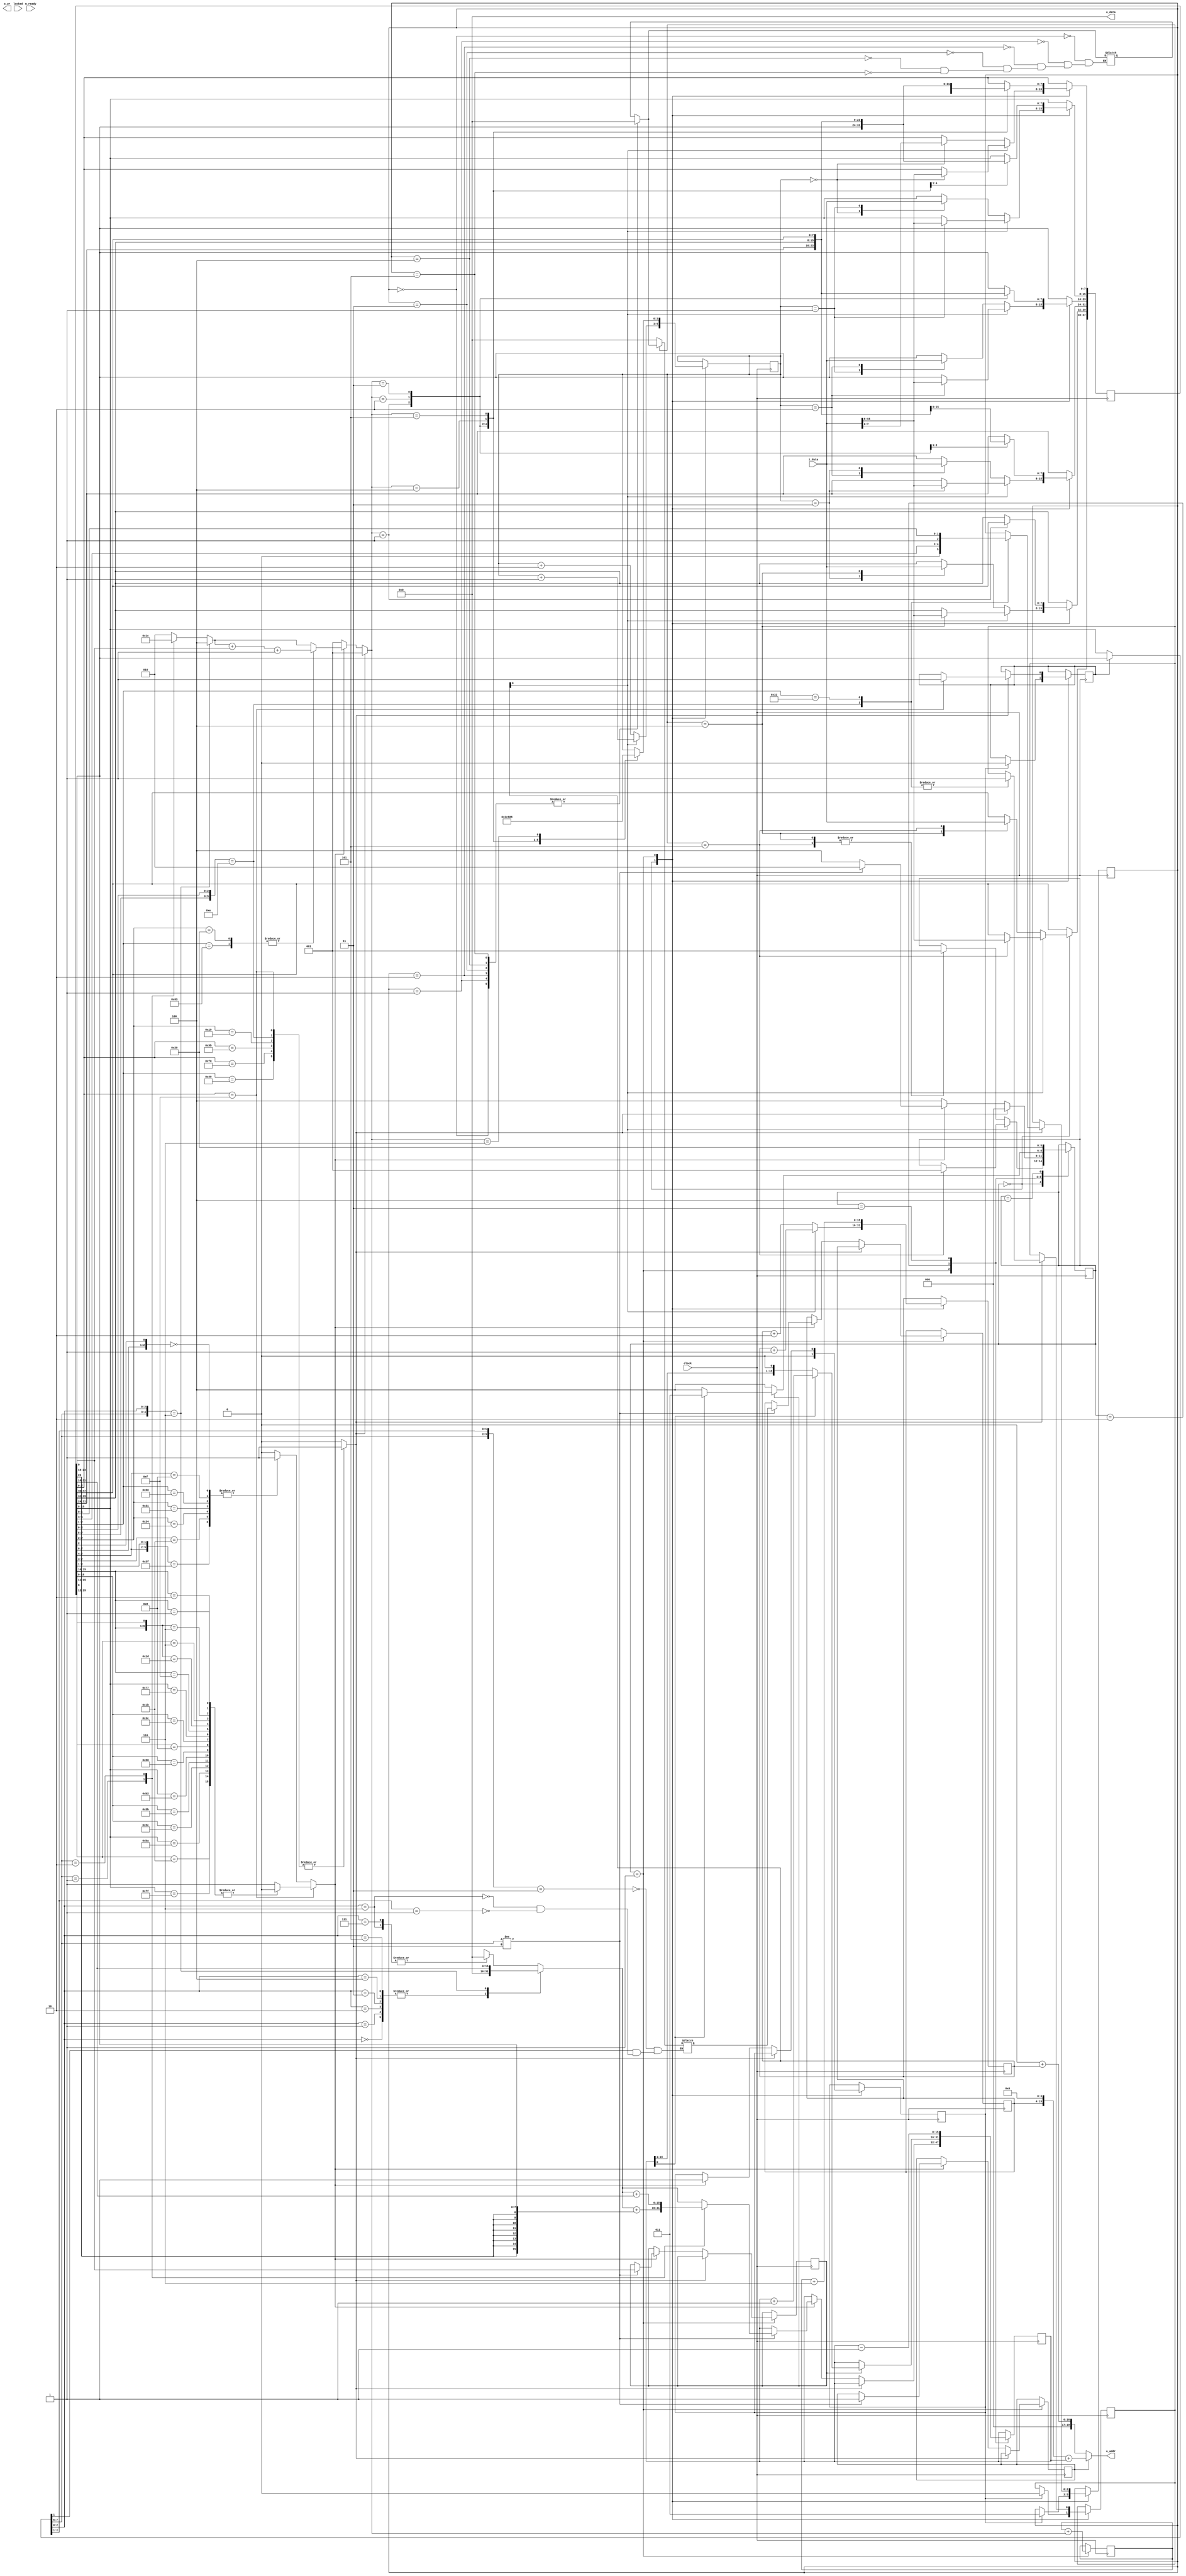
module processor(

    input   wire            clock,      // 10 mhz
    input   wire            locked,     // Если =0, PLL не сконфигурирован
    input   wire            m_ready,    // Готовность данных из памяти (=1 данные готовы)
    output  wire    [19:0]  o_addr,     // Указатель на память
    input   wire    [15:0]  i_data,     // Данные из памяти
    output  wire     [15:0]  o_data,     // REG Данные за запись
    output  reg             o_wr        // Строб записи в память

);

`define I_FETCH             3'h0        // Этап считывания данных
`define I_DECODE            3'h1        // Декодирование
`define I_READ_DATA         3'h2        // Чтение из памяти
`define I_READ_DATA_WIDE    3'h3        // Чтение из памяти
`define I_EXECUTE           3'h4        // Исполнение инструкции

assign o_addr = alt ? {segment[15:0], 4'h0} + address : {r_cs[15:0], 4'h0} + current;
assign o_data = r_ax;


// ---------------------------------------------------------------------
// Состояния
// ---------------------------------------------------------------------

// Кеш инструкции
reg [47:0] icache;

reg             prefix_0F = 1'b0;       // Есть префикс расширения
reg             has_prefixed;           // Префиксированная
reg             has_modrm_byte;         // Инструкция имеет ModRM байт

reg     [2:0]   state = 1'b0;                        // Состояние процессора
reg             alt = 1'b0;                          // =0 CS:IP, =1 segment:address
reg     [15:0]  segment;
reg     [15:0]  address;                             // Адрес для чтения/записи
reg     [15:0]  current = 16'h0;                     // Адрес, откуда загружать кеш
reg             wsize;                               // Чтение BYTE (0) WORD (1)
reg             target;                              // =0 (Прямой порядок операндов), =1 Обратный
reg     [2:0]   icp = 2'h0;                          // Байт, куда догрузить кеш инструкции
reg     [2:0]   length = 1'b0;                       // Длина инструкции (1..6)
reg     [2:0]   modrm_length;
reg             instruction_done = 1'b1;             // Признак только что выполненной инструкции
reg             segment_override = 1'b0;             // Инструкция имеет префикс
reg     [2:0]   segment_override_num = 1'b0;         // Если имеет, то указывается, какой именно
wire    [7:0]   modrm_byte = prefix_0F ? icache[23:16] : icache[15:8];

// Операнды
wire    [15:0]  op1 = target ? _op2 : _op1;
wire    [15:0]  op2 = target ? _op1 : _op2;


// ---------------------------------------------------------------------
// Декодер
// ---------------------------------------------------------------------

always @* begin

    // Определение наличия префикса
    // -----------------------------------------------------------------
    
    casex (icache[7:0])

        8'b001x_x110, // Segment Override 26,2E,36,3E
        8'b0110_01xx, // 32-bit 64 FS: 65 GS: 66 Op32 67 Addr32
        8'b1001_1011, // WAIT
        8'b1111_0000, // LOCK
        8'b1001_001x, // REP/REPZ
        8'b0000_1111: // Opcode Extension
        
            has_prefixed = 1'b1;
            
        default:
        
            has_prefixed = 1'b0;

    endcase

    // ТЕСТ ModRM
    // -----------------------------------------------------------------

    /*   0 1 2 3  4 5 6 7  8 9 A B  C D E F
     00  1,1,1,1, -,-,-,-, 1,1,1,1, -,-,-,-,   00xx_x0xx
     10  1,1,1,1, -,-,-,-, 1,1,1,1, -,-,-,-,
     20  1,1,1,1, -,-,-,-, 1,1,1,1, -,-,-,-,
     30  1,1,1,1, -,-,-,-, 1,1,1,1, -,-,-,-,
     40  -,-,-,-, -,-,-,-, -,-,-,-, -,-,-,-,
     50  -,-,-,-, -,-,-,-, -,-,-,-, -,-,-,-,
     60  -,-,-,-, -,-,-,-, -,-,-,-, -,-,-,-,
     70  -,-,-,-, -,-,-,-, -,-,-,-, -,-,-,-,
     80  1,1,1,1, 1,1,1,1, 1,1,1,1, 1,1,1,1,   1000_xxxx
     90  -,-,-,-, -,-,-,-, -,-,-,-, -,-,-,-,
     A0  -,-,-,-, -,-,-,-, -,-,-,-, -,-,-,-,
     B0  -,-,-,-, -,-,-,-, -,-,-,-, -,-,-,-,
     C0  1,1,-,-, 1,1,1,1, -,-,-,-, -,-,-,-,   1100_01xx 1100_000x 
     D0  1,1,1,1, -,-,-,-, 1,1,1,1, 1,1,1,1,   1101_00xx 1101_1xxx
     E0  -,-,-,-, -,-,-,-, -,-,-,-, -,-,-,-,
     F0  -,-,-,-, -,-,1,1, -,-,-,-, -,-,1,1,   1111_x11x
     
0F 00    1,1,1,1, -,-,-,-, -,-,-,-, -,1,-,1,   0000_01xx 0000_10xx 0000_11x0
0F 10    1,1,1,1, 1,1,1,1, 1,1,1,1, 1,1,1,1,
0F 20    1,1,1,1, 1,-,1,-, 1,1,1,1, 1,1,1,1,
0F 30    -,-,-,-, -,-,-,-, 1,-,1,-, -,-,-,-,   0011_0xxx 0011_10x1 0011_11xx
0F 40    1,1,1,1, 1,1,1,1, 1,1,1,1, 1,1,1,1,
0F 50    1,1,1,1, 1,1,1,1, 1,1,1,1, 1,1,1,1,
0F 60    1,1,1,1, 1,1,1,1, 1,1,1,1, 1,1,1,1,
0F 70    1,1,1,1, 1,1,1,-, 1,1,-,-, 1,1,1,1,   0111_0111 0111_100x
0F 80    -,-,-,-, -,-,-,-, -,-,-,-, -,-,-,-,   1000_xxxx
0F 90    1,1,1,1, 1,1,1,1, 1,1,1,1, 1,1,1,1,
0F A0    -,-,-,1, 1,1,-,-, -,-,-,1, 1,1,1,1,   1011_000x 1011_0010 1011_011x 1011_100x 1011_1010
0F B0    1,1,1,1, 1,1,1,1, 1,1,1,1, 1,1,1,1,
0F C0    1,1,1,1, 1,1,1,1, -,-,-,-, -,-,-,-,   1101_1xxx
0F D0    1,1,1,1, 1,1,1,1, 1,1,1,1, 1,1,1,1,
0F E0    1,1,1,1, 1,1,1,1, 1,1,1,1, 1,1,1,1,
0F F0    1,1,1,1, 1,1,1,1, 1,1,1,1, 1,1,1,0,   1111_1111
    */
    
    // Дополнительные 0F-опкоды -- подумать над этим
    if (icache[7:0] == 8'h0F)

        casex(icache[15:8])
        
            8'b0000_01xx, 8'b0000_10xx, 8'b0000_11x0,
            8'b0011_0xxx, 8'b0011_10x1, 8'b0011_11xx,
            8'b0111_0111, 8'b0111_100x,
            8'b1000_xxxx,
            8'b1011_000x, 8'b1011_0010, 8'b1011_011x, 8'b1011_100x, 8'b1011_1010,
            8'b1101_1xxx,
            8'b1111_1111:
            
                has_modrm_byte = 1'b0;
                
            default:
            
                has_modrm_byte = 1'b1;

        endcase
    
    // Базовые опкоды
    else
    
        // Определить, имеет ли ModRM-байт данный опкод
        casex(icache[7:0]) 
        
            8'b00_xxx0xx, //       Арифметические
            8'b10_00xxxx, // 80-8F Разные арифметические
            8'b11_00000x, // C0-C1
            8'b11_0001xx, // C4-C7
            8'b11_0100xx, // D0-D3 Сдвиговые
            8'b11_011xxx, // D8-DF Сопроцессор 
            8'b11_11x11x: // F6-F7, FE-FF Групповые 
            
                has_modrm_byte = 1'b1;
                
            default:
            
                has_modrm_byte = 1'b0;
        
        endcase
       
end

// ---------------------------------------------------------------------
// Регистры процессора
// ---------------------------------------------------------------------

reg     [15:0]  r_ip = 16'h0000;
reg     [15:0]  n_ip = 16'h0000;        // Следующий IP
reg     [15:0]  r_ax = 16'h0000;
reg     [15:0]  r_bx = 16'h0000;
reg     [15:0]  r_cx = 16'h0000;
reg     [15:0]  r_dx = 16'h0000;
reg     [15:0]  r_sp = 16'h0000;
reg     [15:0]  r_bp = 16'h0000;
reg     [15:0]  r_si = 16'h0000;
reg     [15:0]  r_di = 16'h0000;
reg     [15:0]  r_es = 16'h0000;
reg     [15:0]  r_cs = 16'h0000;
reg     [15:0]  r_ss = 16'h0000;
reg     [15:0]  r_ds = 16'h0000;
reg     [15:0]  r_fs = 16'h0000;
reg     [15:0]  r_gs = 16'h0000;

// ---------------------------------------------------------------------
// Расчёт длины инструкции
// ---------------------------------------------------------------------

always @* begin

    // Это префикс. Его длина всегда = 1
    if (has_prefixed) begin

        length = 3'h1;        
    
    end
    // Имеется ModRM-байт, декодировать длину
    else if (has_modrm_byte) begin
    
        casex (modrm_byte)

            8'b00_xxx_110: modrm_length = 3'h4; // 1+1+2 disp16
            8'b00_xxx_xxx: modrm_length = 3'h2; // 1+1   none
            8'b01_xxx_xxx: modrm_length = 3'h3; // 1+1+1 disp8            
            8'b10_xxx_xxx: modrm_length = 3'h4; // 1+1+2 disp16
            8'b11_xxx_xxx: modrm_length = 3'h2; // 1+1   reg

        endcase
        
        // Определение Immediate 8/16
        // Group Arith, Mov Immediate
        casex (icache[7:0])
        
            8'b1000_00xx, 8'b1100_011x: length = (modrm_length + icache[0]) + 1'b1;
            // F6/F7
            // FF
            default: length = modrm_length;
        
        endcase    

    end
    
    // Пока что +1 
    else length = 3'h1;

end

// Основные индексные регистры
// ---------------------------------------------------------------------

wire    [15:0]  si_bx = r_si + r_bx;
wire    [15:0]  di_bx = r_di + r_bx;
wire    [15:0]  si_bp = r_si + r_bp;
wire    [15:0]  di_bp = r_si + r_bp;
// Предварительно
reg     [15:0]  p_addr;
reg     [15:0]  p_segment;
// Окончательно
reg     [15:0]  e_address;
reg     [15:0]  e_segment;
// Операнд 1 и 2
reg     [15:0]  w_op1; reg [15:0] _op1;
reg     [15:0]  w_op2; reg [15:0] _op2;

reg     alu_enable;
reg     immediate_size;
reg     operand_is_immediate;

// Вычисление эффективного адреса ModRM
always @* begin
    
    // Перегруженный сегмент   
    case (segment_override_num) 

        3'h0: p_segment = r_es;
        3'h1: p_segment = r_cs;
        3'h2: p_segment = r_ss;
        3'h3: p_segment = r_ds;
        3'h4: p_segment = r_fs;
        3'h5: p_segment = r_gs;

    endcase    
    
    // Эффективный сегмент
    casex (modrm_byte[7:0]) 

        // DS: по умолчанию
        8'b00_xxx_11x: e_segment = segment_override ? p_segment : r_ds;
        8'bxx_xxx_x0x: e_segment = segment_override ? p_segment : r_ds;
    
        // SS: по умолчанию
        8'bxx_xxx_110: e_segment = segment_override ? p_segment : r_ss;
        8'bxx_xxx_01x: e_segment = segment_override ? p_segment : r_ss;
    
    endcase

    // Эффективный адрес
    casex (modrm_byte[7:0]) 

        8'bxx_xxx_000: p_addr = si_bx;
        8'bxx_xxx_001: p_addr = di_bx;
        8'bxx_xxx_010: p_addr = si_bp;
        8'bxx_xxx_011: p_addr = di_bp;
        8'bxx_xxx_100: p_addr = r_si;
        8'bxx_xxx_101: p_addr = r_di;
        8'b00_xxx_110: p_addr = icache[31:16]; // disp16
        8'bxx_xxx_110: p_addr = r_bp;
        8'bxx_xxx_111: p_addr = r_bx;
    
    endcase
    
    // Displacement 8/16
    casex (modrm_byte[7:0]) 
    
        // displacement-8
        8'b01_xxx_xxx: e_address = p_addr + {{8{icache[23]}}, icache[23:16]}; 
        // displacement-16
        8'b10_xxx_xxx: e_address = p_addr + icache[31:16];
        default:       e_address = p_addr;

    endcase
    
    // Значения регистров для операндов op1/op2
    
    // opcode[1]:
    // 0 = op1 reg/m, op2 - reg
    // 1 = op1 reg,   op2 - reg/m
    
    // Операнд 1: reg/m8
    case (modrm_byte[2:0])
    
        3'b000: w_op1 = icache[0] ? r_ax : r_ax[7:0];
        3'b001: w_op1 = icache[0] ? r_cx : r_cx[7:0];
        3'b010: w_op1 = icache[0] ? r_dx : r_dx[7:0];
        3'b011: w_op1 = icache[0] ? r_bx : r_bx[7:0];
        3'b100: w_op1 = icache[0] ? r_sp : r_ax[15:8];
        3'b101: w_op1 = icache[0] ? r_bp : r_cx[15:8];
        3'b110: w_op1 = icache[0] ? r_si : r_dx[15:8];
        3'b111: w_op1 = icache[0] ? r_di : r_bx[15:8];
    
    endcase
    
    // Операнд 2: reg
    case (modrm_byte[5:3])
    
        3'b000: w_op2 = icache[0] ? r_ax : r_ax[7:0];
        3'b001: w_op2 = icache[0] ? r_cx : r_cx[7:0];
        3'b010: w_op2 = icache[0] ? r_dx : r_dx[7:0];
        3'b011: w_op2 = icache[0] ? r_bx : r_bx[7:0];
        3'b100: w_op2 = icache[0] ? r_sp : r_ax[15:8];
        3'b101: w_op2 = icache[0] ? r_bp : r_cx[15:8];
        3'b110: w_op2 = icache[0] ? r_si : r_dx[15:8];
        3'b111: w_op2 = icache[0] ? r_di : r_bx[15:8];
    
    endcase

end

// Определение типа инструкции
always @* begin

    n_ip = r_ip + length;
        
end

// ---------------------------------------------------------------------
// Модули исполнения инструкции
// ---------------------------------------------------------------------

always @(posedge clock) begin

    case (state)    
    
    // =================================================================
    // Загрузка данных в кеш-линию инструкции
    // =================================================================
    
    `I_FETCH: begin
    
        // Очистка предыдущих значений только по завершении инструкции    
        if (instruction_done) begin
            
            segment_override     <= 1'b0;
            segment_override_num <= 2'b11; // 3=DS
            prefix_0F            <= 2'b0;
            operand_is_immediate <= 1'b0;
            immediate_size       <= 1'b0;
            alu_enable           <= 1'b0;
        
        end
        
        // Подготавливаем новую инструкцию
        instruction_done <= 1'b0;
        
        // Невыровненные данные. Сначала в один из 6 байт загружается
        // старший байт не выровненных данных. После этого данные 
        // выравниваются (current[0] <-- 0) и происходит загрузка следующих 2 байт
        if (current[0]) begin
        
            case (icp) 
            
                3'h0: begin icache[7:0]   <= i_data[15:8]; end
                3'h1: begin icache[15:8]  <= i_data[15:8]; end
                3'h2: begin icache[23:16] <= i_data[15:8]; end
                3'h3: begin icache[31:24] <= i_data[15:8]; end
                3'h4: begin icache[39:32] <= i_data[15:8]; end
                3'h5: begin icache[47:40] <= i_data[15:8]; state <= `I_DECODE; end
            
            endcase

            current <= current + 1'b1;
            icp     <= icp + 1'b1;
        
        end else begin
        
            case (icp)
            
                3'h0: begin icp <= 3'h2; icache[15:0]  <= i_data[15:0]; end
                3'h1: begin icp <= 3'h3; icache[23:8]  <= i_data[15:0]; end
                3'h2: begin icp <= 3'h4; icache[31:16] <= i_data[15:0]; end
                3'h3: begin icp <= 3'h5; icache[39:24] <= i_data[15:0]; end
                3'h4: begin icp <= 3'h0; icache[47:32] <= i_data[15:0]; state <= `I_DECODE; end
                3'h5: begin icp <= 3'h0; icache[47:40] <= i_data[ 7:0]; state <= `I_DECODE; end    
            
            endcase
                    
            current <= current + 2'h2;
            icp     <= icp + 2'h2;

        end
    
    end
    
    // =================================================================
    // Полный декодер инструкции: ModRM, Imm. После декодинга кеш сдвигается.
    // =================================================================
    
    `I_DECODE: begin
    
        // Сдвиг кеша инструкции в зависимости от длины инструкции
        // При успешном BRANCH, тут будет length = 6

        case (length)
        
            3'h1: begin icp <= 3'h5; icache[39:0] <= icache[47:8];  end
            3'h2: begin icp <= 3'h4; icache[31:0] <= icache[47:16]; end
            3'h3: begin icp <= 3'h3; icache[23:0] <= icache[47:24]; end
            3'h4: begin icp <= 3'h2; icache[15:0] <= icache[47:32]; end
            3'h5: begin icp <= 3'h1; icache[ 7:0] <= icache[47:40]; end
            3'h6: begin icp <= 3'h0; end

        endcase

        // if (branched) // Другой случай, когда происходит перенос по причине Branch

        current <= (r_ip + 3'h6);   // Всегда +6 (размер кеша инструкции) от текущего r_ip
        r_ip    <= n_ip;            // Следующая инструкция
        
        // Определение типа инструкции
        //casex(icache[7:0])
    
            // ADD rm,reg
            // 8'b00xx_x0xx: alu_enable = 1'b1; alu_function = icache[5:3]; operand_is_immediate = 1'b0;
            // 8'b00xx_010x: alu_enable = 1'b1; alu_function = icache[5:3]; operand_is_immediate = 1'b1; immediate_size = icache[0];
            
            // 8'b000x_x110:    
        
        //endcase

        // В первую очередь, префиксы
        if (has_prefixed) begin
        
            state <= `I_FETCH;
            casex (icache[7:0])
            
                8'b0000_1111: prefix_0F <= 1'b1;
            
                // es: cs: ss: ds
                8'b001x_x110: begin segment_override <= 1'b1; segment_override_num <= {1'b0,icache[4:3]}; end
                
                // fs: gs:
                8'b0110_010x: begin segment_override <= 1'b1; segment_override_num <= {1'b1,icache[1:0]}; end
                
                // default: .. other

            endcase        
        
        end    
        // ModRM-инструкции
        else if (has_modrm_byte) begin
        
            // Отметить, что инструкция началась
            instruction_done <= 1'b1;

            // Сохранение полученных операндов из секции разбора ModRM
            // При установке target, op1/op2 будут правильно указывать далее
            _op1    <= w_op1;
            _op2    <= w_op2;
            target  <= icache[1];
            
            // Если в modrm есть эффективный адрес, то читать его
            if (modrm_byte[7:6] != 2'b11) begin
            
                alt     <= 1'b1;
                wsize   <= icache[0];
                segment <= e_segment;
                address <= e_address;
                state   <= `I_READ_DATA;
            
            end else begin

                state  <= `I_EXECUTE;
                
            end
        
        end
        // Все остальные
        else begin

            state <= `I_EXECUTE;
            
        end

    end    

    // =================================================================
    // Читать данные (1 или 2 байт) в Op1/Op2
    // wsize  = 0 Byte, =1 Word
    // =================================================================

    `I_READ_DATA: begin
    
        // WORD
        if (wsize) begin

            if (address[0]) begin       // Не выровнен
            
                state   <= `I_READ_DATA_WIDE;            
                address <= address + 1'h1;             
                _op1    <= i_data[15:8];

            end else begin              // Выровнен

                state   <= `I_EXECUTE;
                _op1    <= i_data[15:0];

            end        

        // BYTE
        end else begin

            state <= `I_EXECUTE;
            _op1  <= address[0] ? i_data[15:8] : i_data[7:0];

        end

    end
    
    // Прочитать невыровненные данные
    `I_READ_DATA_WIDE: begin 
    
        state       <= `I_EXECUTE;
        _op1[15:8]  <= i_data[7:0];
        address     <= address - 1'h1;

    end
    
    `I_EXECUTE: begin
    
        state <= `I_FETCH;
    
    end

    endcase
end

endmodule